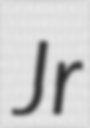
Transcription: Jr